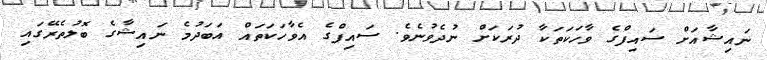
ނައިޝާއަށް ސައިފްގެ ވާހަކަތަކާ ދުރަކަށް ނުދެވުނެވެ. ސައިފްގެ އެވާހަކަތައް އަބަދުމެ ނައިޝާގެ ބޮލުތެރޭގައި